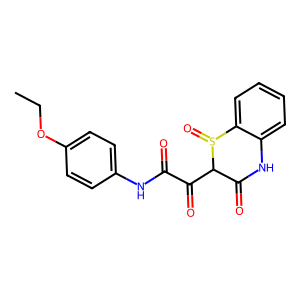
SMILES: CCOc1ccc(NC(=O)C(=O)C2C(=O)Nc3ccccc3S2=O)cc1
Inhibits HIV replication: No